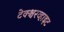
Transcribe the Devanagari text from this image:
टेक्श्चरव्हाइट